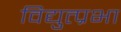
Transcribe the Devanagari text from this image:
विद्युत्प्रभा